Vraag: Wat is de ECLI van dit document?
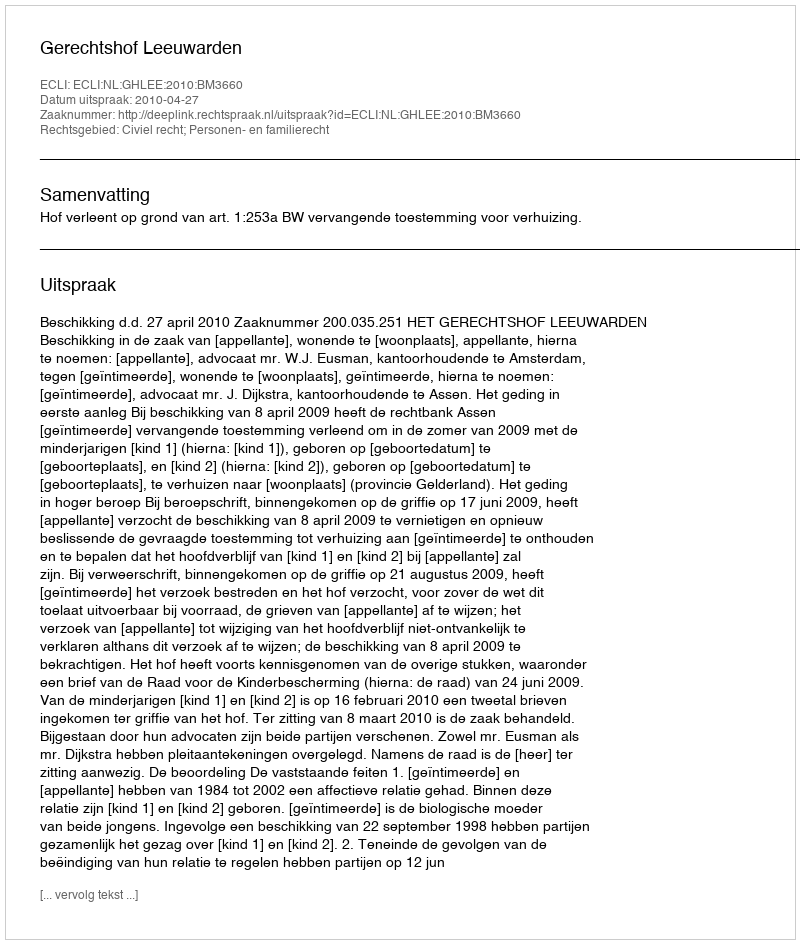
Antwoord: ECLI:NL:GHLEE:2010:BM3660